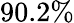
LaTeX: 90.2\%